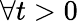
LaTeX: \forall t>0